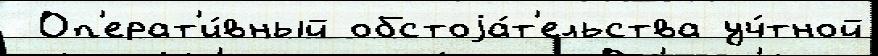
 Оп'ерат'и́вный обстоjа́т'ельства уч́тной